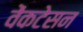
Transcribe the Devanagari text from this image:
वेंकटेसन